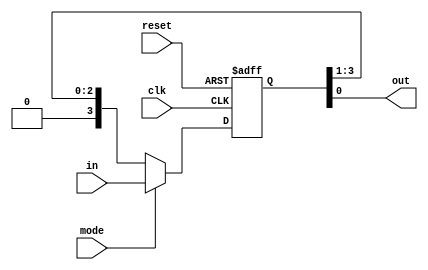
module piso(input clk, reset, mode, input [3:0] in, output out);
  reg [3:0] temp;
  
  assign out = temp[0]; // The output is the least significant bit of temp
  
  always @(posedge clk or posedge reset) begin
    if (reset)
      temp <= 0;
    else begin
      if (mode)
        temp <= in; // Parallel load when mode is high
      else
        temp <= {1'b0, temp[3:1]}; // Shift right when mode is low
    end
  end
endmodule